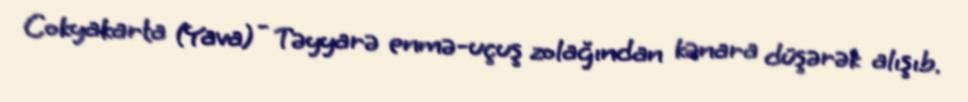
Cokyakarta (Yava) - Təyyarə enmə-uçuş zolağından kənara düşərək alışıb.